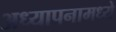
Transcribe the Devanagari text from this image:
अध्यापनामध्ये